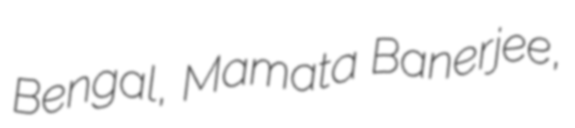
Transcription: Bengal, Mamata Banerjee,